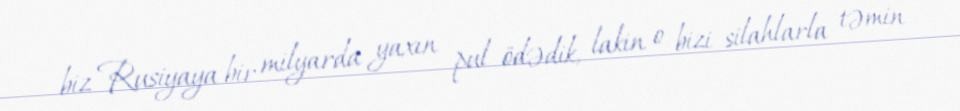
biz Rusiyaya bir milyarda yaxın pul ödədik, lakin o bizi silahlarla təmin